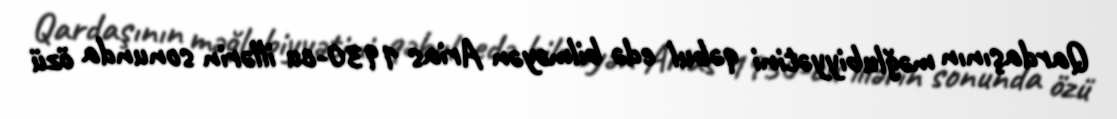
Qardaşının məğlubiyyətini qəbul edə bilməyən Arias 1930-cu illərin sonunda özü